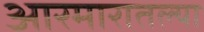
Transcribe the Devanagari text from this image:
आरमारातल्या